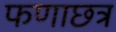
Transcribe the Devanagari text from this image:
फणाछत्र